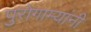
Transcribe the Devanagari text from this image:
पुरोगाम्यांनी